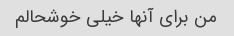
من برای آنها خیلی خوشحالم